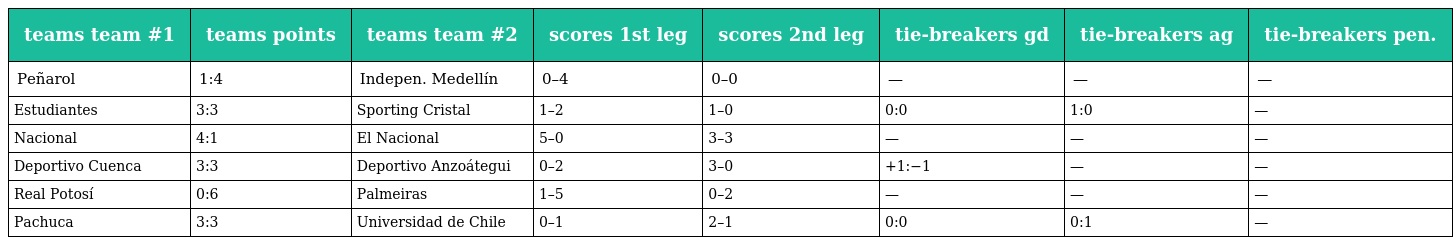
| teams team #1 | teams points | teams team #2 | scores 1st leg | scores 2nd leg | tie-breakers gd | tie-breakers ag | tie-breakers pen. |
 | --- | --- | --- | --- | --- | --- | --- | --- |
 | Peñarol | 1:4 | Indepen. Medellín | 0–4 | 0–0 | — | — | — |
 | Estudiantes | 3:3 | Sporting Cristal | 1–2 | 1–0 | 0:0 | 1:0 | — |
 | Nacional | 4:1 | El Nacional | 5–0 | 3–3 | — | — | — |
 | Deportivo Cuenca | 3:3 | Deportivo Anzoátegui | 0–2 | 3–0 | +1:−1 | — | — |
 | Real Potosí | 0:6 | Palmeiras | 1–5 | 0–2 | — | — | — |
 | Pachuca | 3:3 | Universidad de Chile | 0–1 | 2–1 | 0:0 | 0:1 | — |